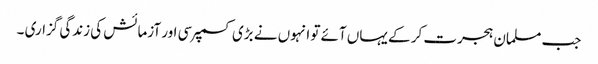
جب مسلمان ہجرت کر کے یہاں آئے تو انہوں نے بڑی کسمپرسی اور آزمائش کی زندگی گزاری ۔